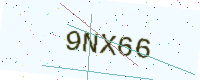
Text: 9NX66